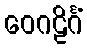
ဝေဂဠိင်္ဂံ